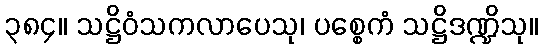
၃၈၄။ သဋ္ဌိဝံသကလာပေသု၊ ပစ္စေကံ သဋ္ဌိဒဏ္ဍိသု။